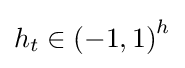
h_{t}\in {(-1,1)}^{h}